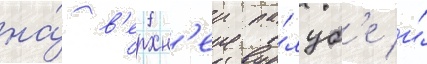
на́ в'ерхн'еи па́луб'е и́